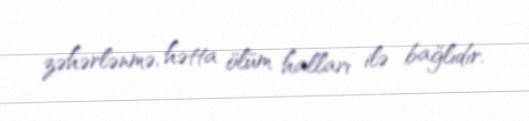
zəhərlənmə, hətta ölüm halları ilə bağlıdır.